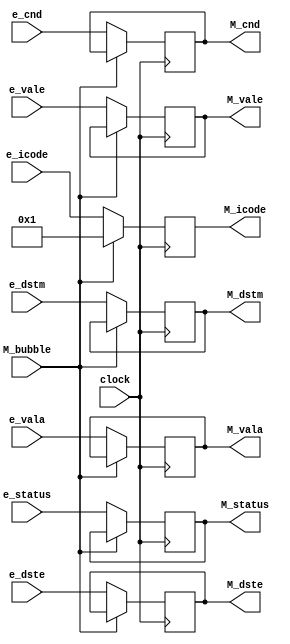
module memory_register(
    input M_bubble,
    input clock, e_cnd,
    input [1:0] e_status,
    input [3:0] e_icode,e_dste,e_dstm,
    input [63:0] e_vala,e_vale,
    output reg [1:0] M_status,
    output reg M_cnd,
    output reg [63:0] M_vala,M_vale,
    output reg [3:0] M_dste,M_dstm,M_icode
);

always@(posedge clock)
begin
    if (M_bubble == 1'b0)
    begin
        M_status <= e_status;
        M_icode <= e_icode;
        M_dste <= e_dste;
        M_dstm <= e_dstm;
        M_vale <= e_vale;
        M_vala <= e_vala;
        M_cnd <= e_cnd;
    end

    else
    begin
        M_icode = 4'd1;
    end
end

endmodule